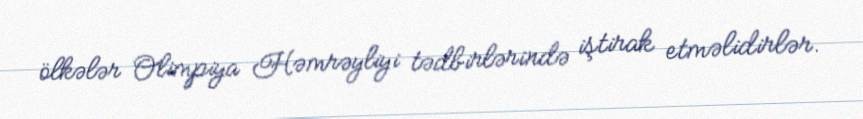
ölkələr Olimpiya Həmrəyliyi tədbirlərində iştirak etməlidirlər.